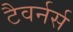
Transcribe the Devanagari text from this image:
टैवर्नर्स